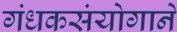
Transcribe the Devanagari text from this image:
गंधकसंयोगाने